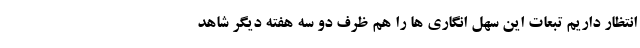
انتظار داریم تبعات این سهل انگاری ها را هم ظرف دو سه هفته دیگر شاهد